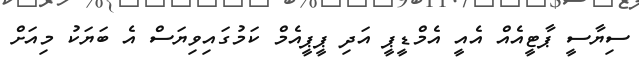
ސިޔާސީ ޕާޓީއެއް އެއީ އެމްޑީޕީ އަދި ޕީޕީއެމް ކަމުގައިވިޔަސް އެ ބަޔަކު މިއަށް